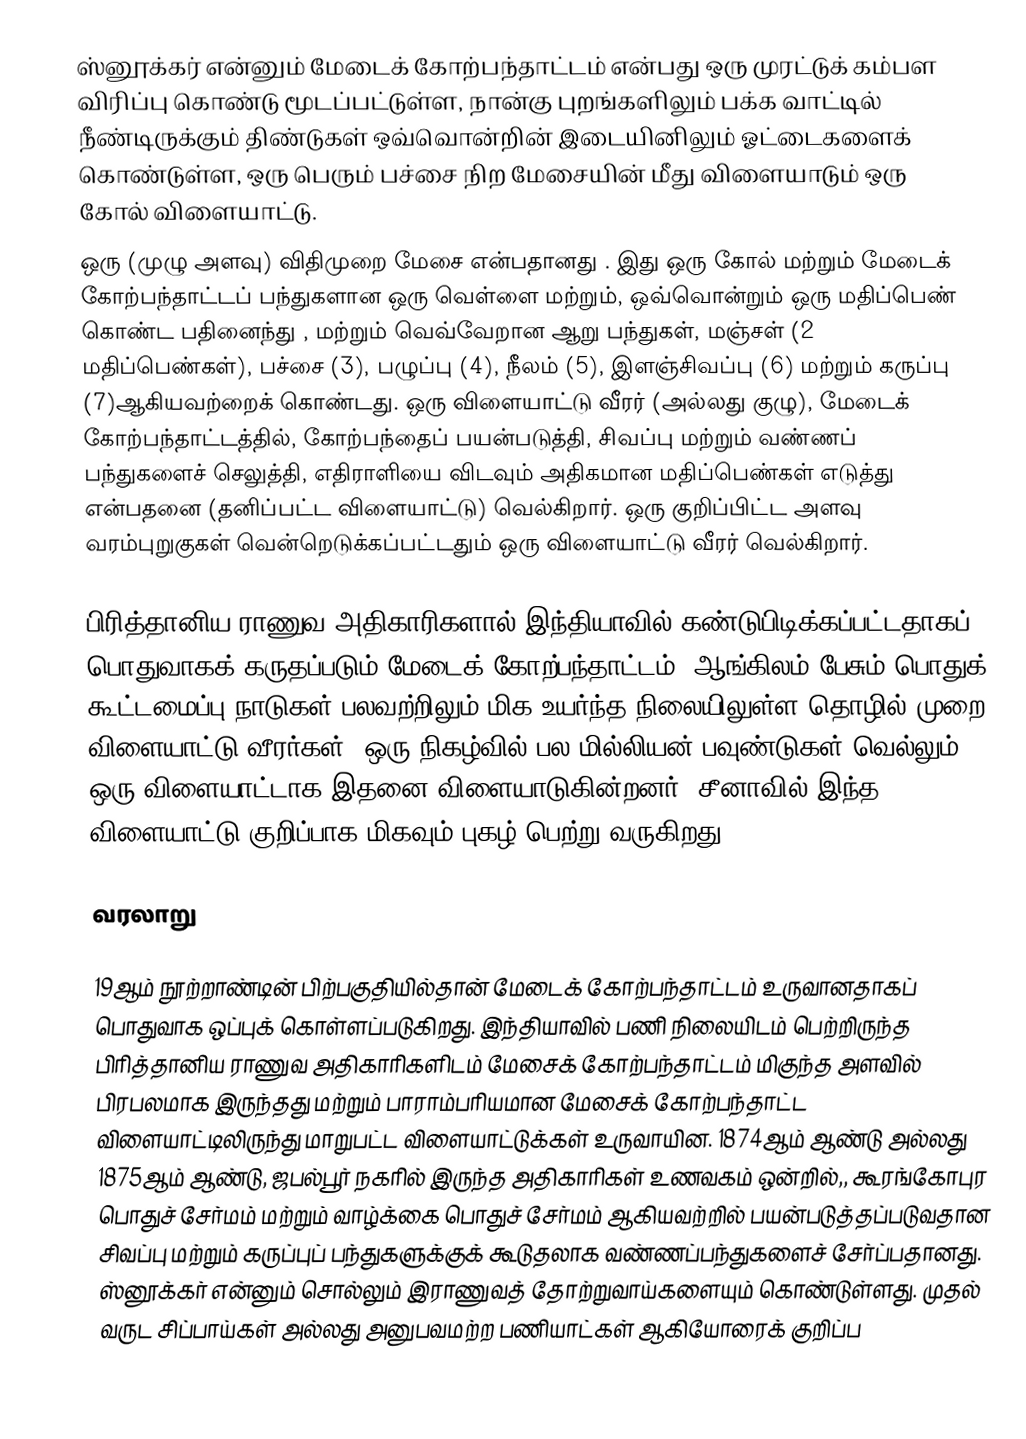
ஸ்னூக்கர் என்னும் மேடைக் கோற்பந்தாட்டம் என்பது ஒரு முரட்டுக் கம்பள விரிப்பு கொண்டு மூடப்பட்டுள்ள, நான்கு புறங்களிலும் பக்க வாட்டில் நீண்டிருக்கும் திண்டுகள் ஒவ்வொன்றின் இடையினிலும் ஓட்டைகளைக் கொண்டுள்ள, ஒரு பெரும் பச்சை நிற மேசையின் மீது விளையாடும் ஒரு கோல் விளையாட்டு.
ஒரு (முழு அளவு) விதிமுறை மேசை என்பதானது . இது ஒரு கோல் மற்றும் மேடைக் கோற்பந்தாட்டப் பந்துகளான ஒரு வெள்ளை  மற்றும், ஒவ்வொன்றும் ஒரு மதிப்பெண் கொண்ட பதினைந்து , மற்றும் வெவ்வேறான  ஆறு பந்துகள், மஞ்சள் (2 மதிப்பெண்கள்), பச்சை (3), பழுப்பு (4), நீலம் (5), இளஞ்சிவப்பு (6) மற்றும் கருப்பு (7)ஆகியவற்றைக் கொண்டது. ஒரு விளையாட்டு வீரர் (அல்லது குழு), மேடைக் கோற்பந்தாட்டத்தில், கோற்பந்தைப்  பயன்படுத்தி, சிவப்பு மற்றும் வண்ணப் பந்துகளைச் செலுத்தி, எதிராளியை விடவும் அதிகமான மதிப்பெண்கள் எடுத்து  என்பதனை (தனிப்பட்ட விளையாட்டு) வெல்கிறார். ஒரு குறிப்பிட்ட அளவு வரம்புறுகுகள் வென்றெடுக்கப்பட்டதும் ஒரு விளையாட்டு வீரர் வெல்கிறார்.

பிரித்தானிய ராணுவ அதிகாரிகளால் இந்தியாவில் கண்டுபிடிக்கப்பட்டதாகப் பொதுவாகக் கருதப்படும் மேடைக் கோற்பந்தாட்டம், ஆங்கிலம் பேசும் பொதுக் கூட்டமைப்பு நாடுகள் பலவற்றிலும் மிக உயர்ந்த நிலையிலுள்ள தொழில் முறை விளையாட்டு வீரர்கள், ஒரு நிகழ்வில் பல மில்லியன் பவுண்டுகள் வெல்லும் ஒரு விளையாட்டாக இதனை விளையாடுகின்றனர். சீனாவில் இந்த விளையாட்டு குறிப்பாக மிகவும் புகழ் பெற்று வருகிறது.

வரலாறு

19ஆம் நூற்றாண்டின் பிற்பகுதியில்தான் மேடைக் கோற்பந்தாட்டம் உருவானதாகப் பொதுவாக ஒப்புக் கொள்ளப்படுகிறது. இந்தியாவில் பணி நிலையிடம் பெற்றிருந்த பிரித்தானிய ராணுவ அதிகாரிகளிடம் மேசைக் கோற்பந்தாட்டம் மிகுந்த அளவில் பிரபலமாக இருந்தது மற்றும் பாராம்பரியமான மேசைக் கோற்பந்தாட்ட விளையாட்டிலிருந்து மாறுபட்ட விளையாட்டுக்கள் உருவாயின. 1874ஆம் ஆண்டு அல்லது 1875ஆம் ஆண்டு, ஜபல்பூர் நகரில் இருந்த அதிகாரிகள் உணவகம் ஒன்றில்,, கூரங்கோபுர பொதுச் சேர்மம் மற்றும் வாழ்க்கை பொதுச் சேர்மம் ஆகியவற்றில் பயன்படுத்தப்படுவதான சிவப்பு மற்றும் கருப்புப் பந்துகளுக்குக் கூடுதலாக வண்ணப்பந்துகளைச் சேர்ப்பதானது. ஸ்னூக்கர்  என்னும் சொல்லும் இராணுவத் தோற்றுவாய்களையும் கொண்டுள்ளது. முதல் வருட சிப்பாய்கள் அல்லது அனுபவமற்ற பணியாட்கள் ஆகியோரைக் குறிப்ப